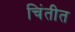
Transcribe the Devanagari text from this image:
चिंतीत